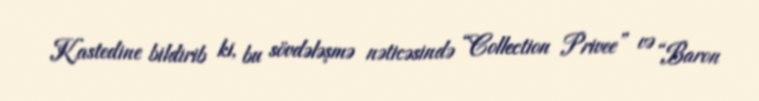
Kastedine bildirib ki, bu sövdələşmə nəticəsində “Collection Privee” və “Baron